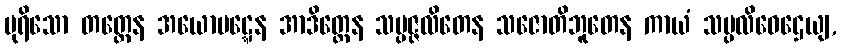
ပုရိသော တတ္တေန အယောပဋ္ဋေန အာဒိတ္တေန သမ္ပဇ္ဇလိတေန သဇောတိဘူတေန ကာယံ သမ္ပလိဝေဌေယျ,